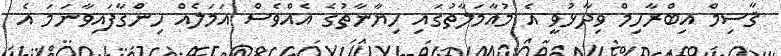
ޤާސިމް އިބްރާހިމް ވިދާޅުވީ އެ މުއާމަލާތުގައި ހިޔާނާތުގެ އެއްވެސް އަމަލެއް ހިންގާފައިވާނަމަ އެ